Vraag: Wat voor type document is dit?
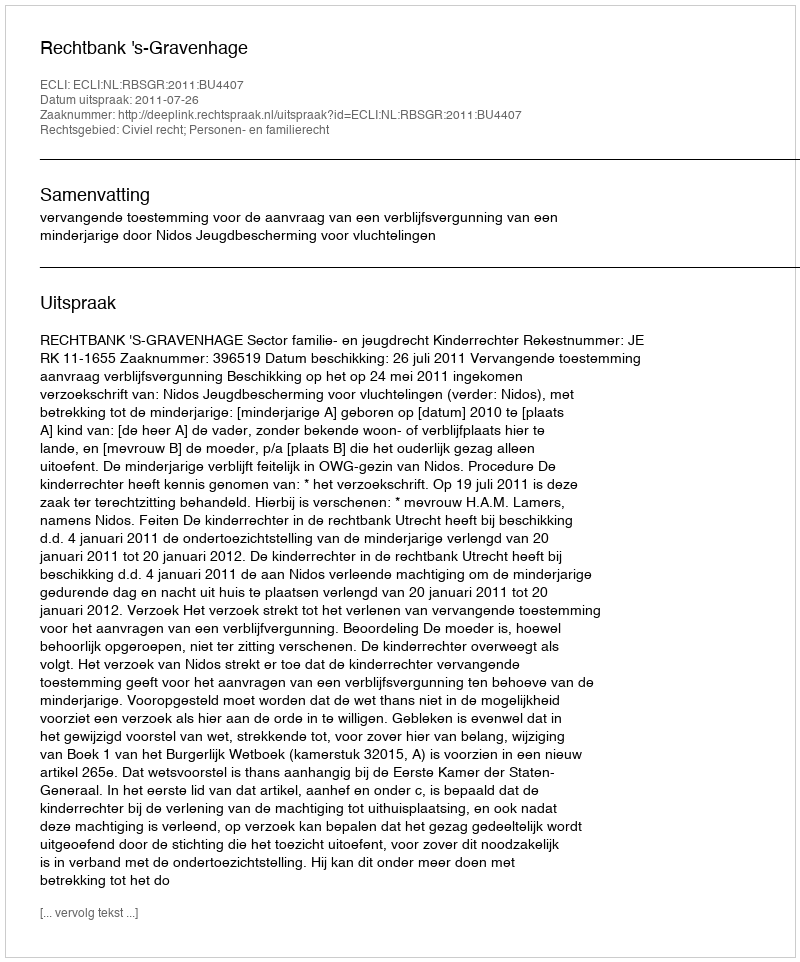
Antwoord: Uitspraak